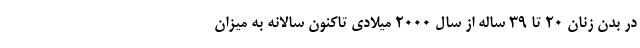
در بدن زنان ۲۰ تا ۳۹ ساله از سال ۲۰۰۰ میلادی تاکنون سالانه به میزان